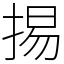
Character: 掦